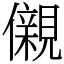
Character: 儭